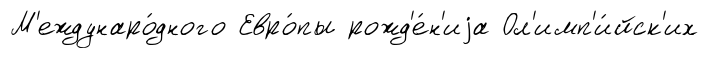
М'еждунаро́дного Евро́пы рожд'е́н'иjа Ол'имп'и́йск'их